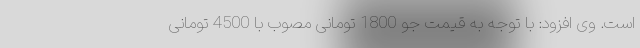
است. وی افزود: با توجه به قیمت جو 1800 تومانی مصوب با 4500 تومانی